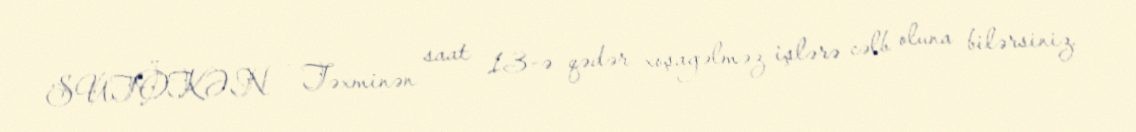
SUTÖKƏN - Təxminən saat 13-ə qədər xoşagəlməz işlərə cəlb oluna bilərsiniz.